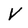
Character: V